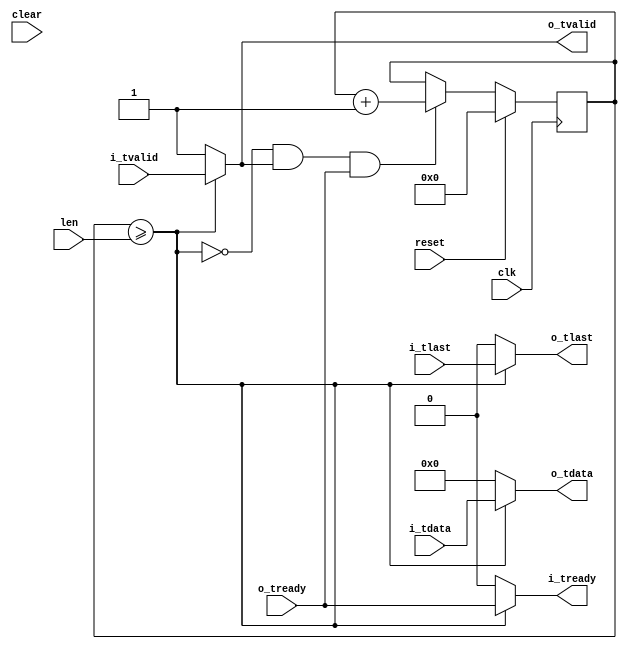
//
// Copyright 2014 Ettus Research LLC
//
// This delay doesn't use a fifo, and solves pipeline bubble issues.  
// FIXME -- issues are that it will generate output without input, and you can't reduce delay, only increase

module delay_type2
  #(parameter MAX_LEN_LOG2=10,
    parameter WIDTH=16,
    parameter DELAY_VAL=0)
   (input clk, input reset, input clear,
    input [MAX_LEN_LOG2-1:0] len,
    input [WIDTH-1:0] i_tdata, input i_tlast, input i_tvalid, output i_tready,
    output [WIDTH-1:0] o_tdata, output o_tlast, output o_tvalid, input o_tready);

   reg [MAX_LEN_LOG2-1:0] delay_count;

   wire 		  delay_done = delay_count >= len;
   
   always @(posedge clk)
     if(reset)
       delay_count <= 0;
     else
       if(~delay_done & o_tvalid & o_tready)
	 delay_count <= delay_count + 1;

   assign o_tdata = delay_done ? i_tdata : DELAY_VAL;
   assign o_tlast = delay_done ? i_tlast : 1'b0;      // FIXME think about this more, no answer is perfect in all situations
   assign o_tvalid = delay_done ? i_tvalid : 1'b1;
   assign i_tready = delay_done ? o_tready : 1'b0;
   
endmodule // delay_type2